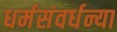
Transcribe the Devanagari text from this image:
धर्मसंवर्धन्या